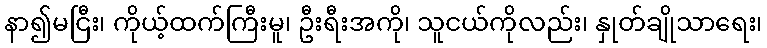
နာ၍မငြီး၊ ကိုယ့်ထက်ကြီးမူ၊ ဦးရီးအကို၊ သူငယ်ကိုလည်း၊ နှုတ်ချိုသာရေး၊